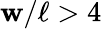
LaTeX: \mathbf{w}/\ell>4